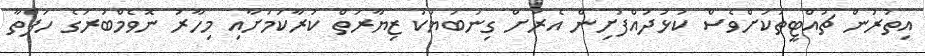
އިތުރުން ޗުއްޓީތަކަށްވެސް ކުޅުދުއްފުށިން އެރަށް ގިނަބަޔަކު ޒިޔާރަތް ކުރާކަމަށާއި މިހާރު ނޮވެމްބަރުގެ ހަފްތާ